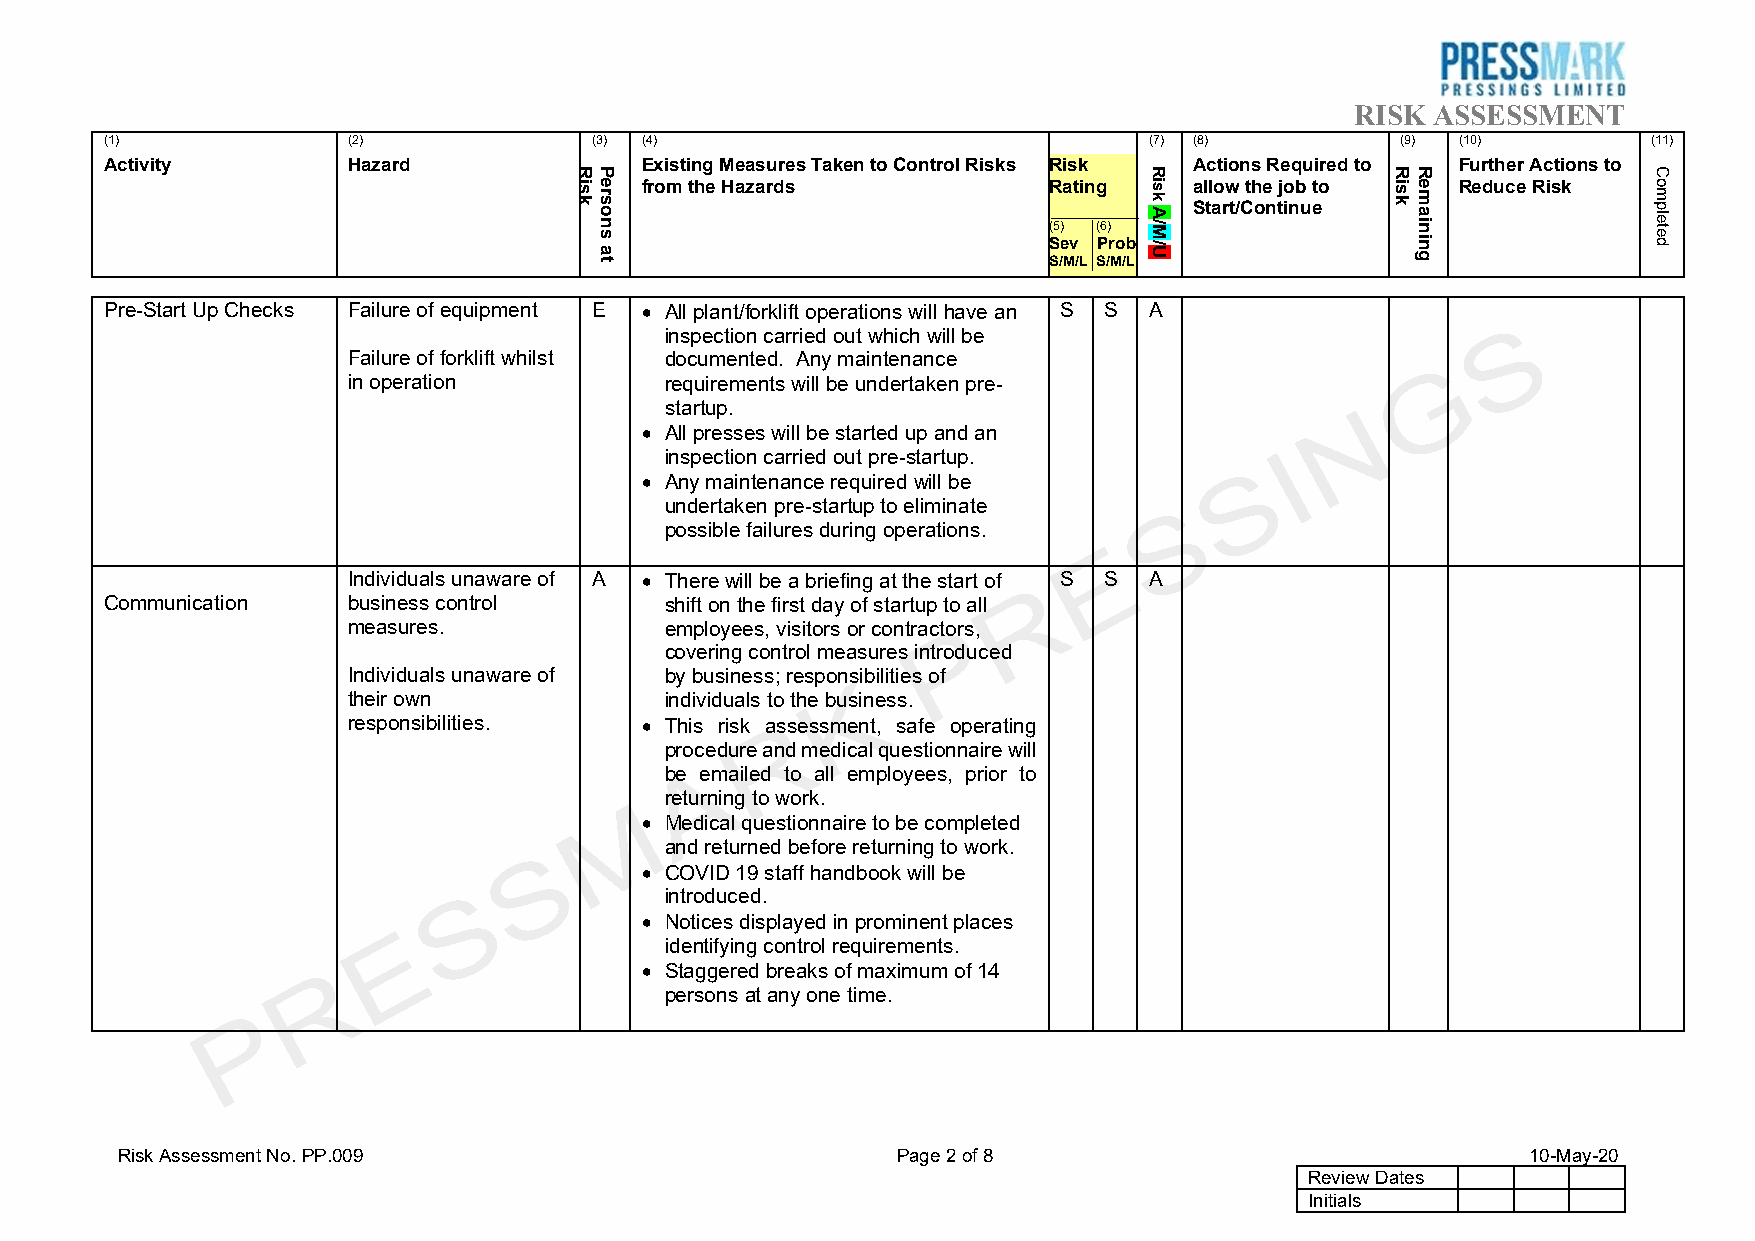
RISK ASSESSMENT
 (1)             (2)             (3) (4)                              (7) (8)          (9) (10)        (11)
 Activity        Hazard             Existing Measures Taken to Control Risks Risk Actions Required to Further Actions to
 from the Hazards           Rating    allow the job to  Reduce Risk
 Start/Continue
 (5) (6)
 Sev Prob
 S/M/L S/M/L
 Pre-Start Up Checks Failure of equipment E • All plant/forklift operations will have an S S A
 inspection carried out which will be
 Failure of forklift whilst documented. Any maintenance
 in operation         requirements will be undertaken pre-
 startup.
 • All presses will be started up and an
 inspection carried out pre-startup.
 • Any maintenance required will be
 undertaken pre-startup to eliminate
 possible failures during operations.
 Individuals unaware of A • There will be a briefing at the start of S S A
 Communication   business control     shift on the first day of startup to all
 measures.            employees, visitors or contractors,
 covering control measures introduced
 Individuals unaware of by business; responsibilities of
 their own            individuals to the business.
 responsibilities.  • This risk assessment, safe operating
 procedure and medical questionnaire will
 be emailed to all employees, prior to
 returning to work.
 • Medical questionnaire to be completed
 and returned before returning to work.
 • COVID 19 staff handbook will be
 introduced.
 • Notices displayed in prominent places
 identifying control requirements.
 • Staggered breaks of maximum of 14
 persons at any one time.
 Risk Assessment No. PP.009                         Page 2 of 8                               10-May-20
 Review Dates
 Initials
 Risk Persons
 at
 Risk
 A/M/U
 Risk Remaining   Completed